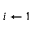
i \gets 1